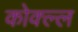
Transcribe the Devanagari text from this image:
कोक्ल्ल